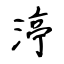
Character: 渟